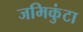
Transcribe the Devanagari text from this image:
जमिकुंटा